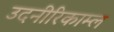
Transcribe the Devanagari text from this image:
उदनीरिकाम्ल